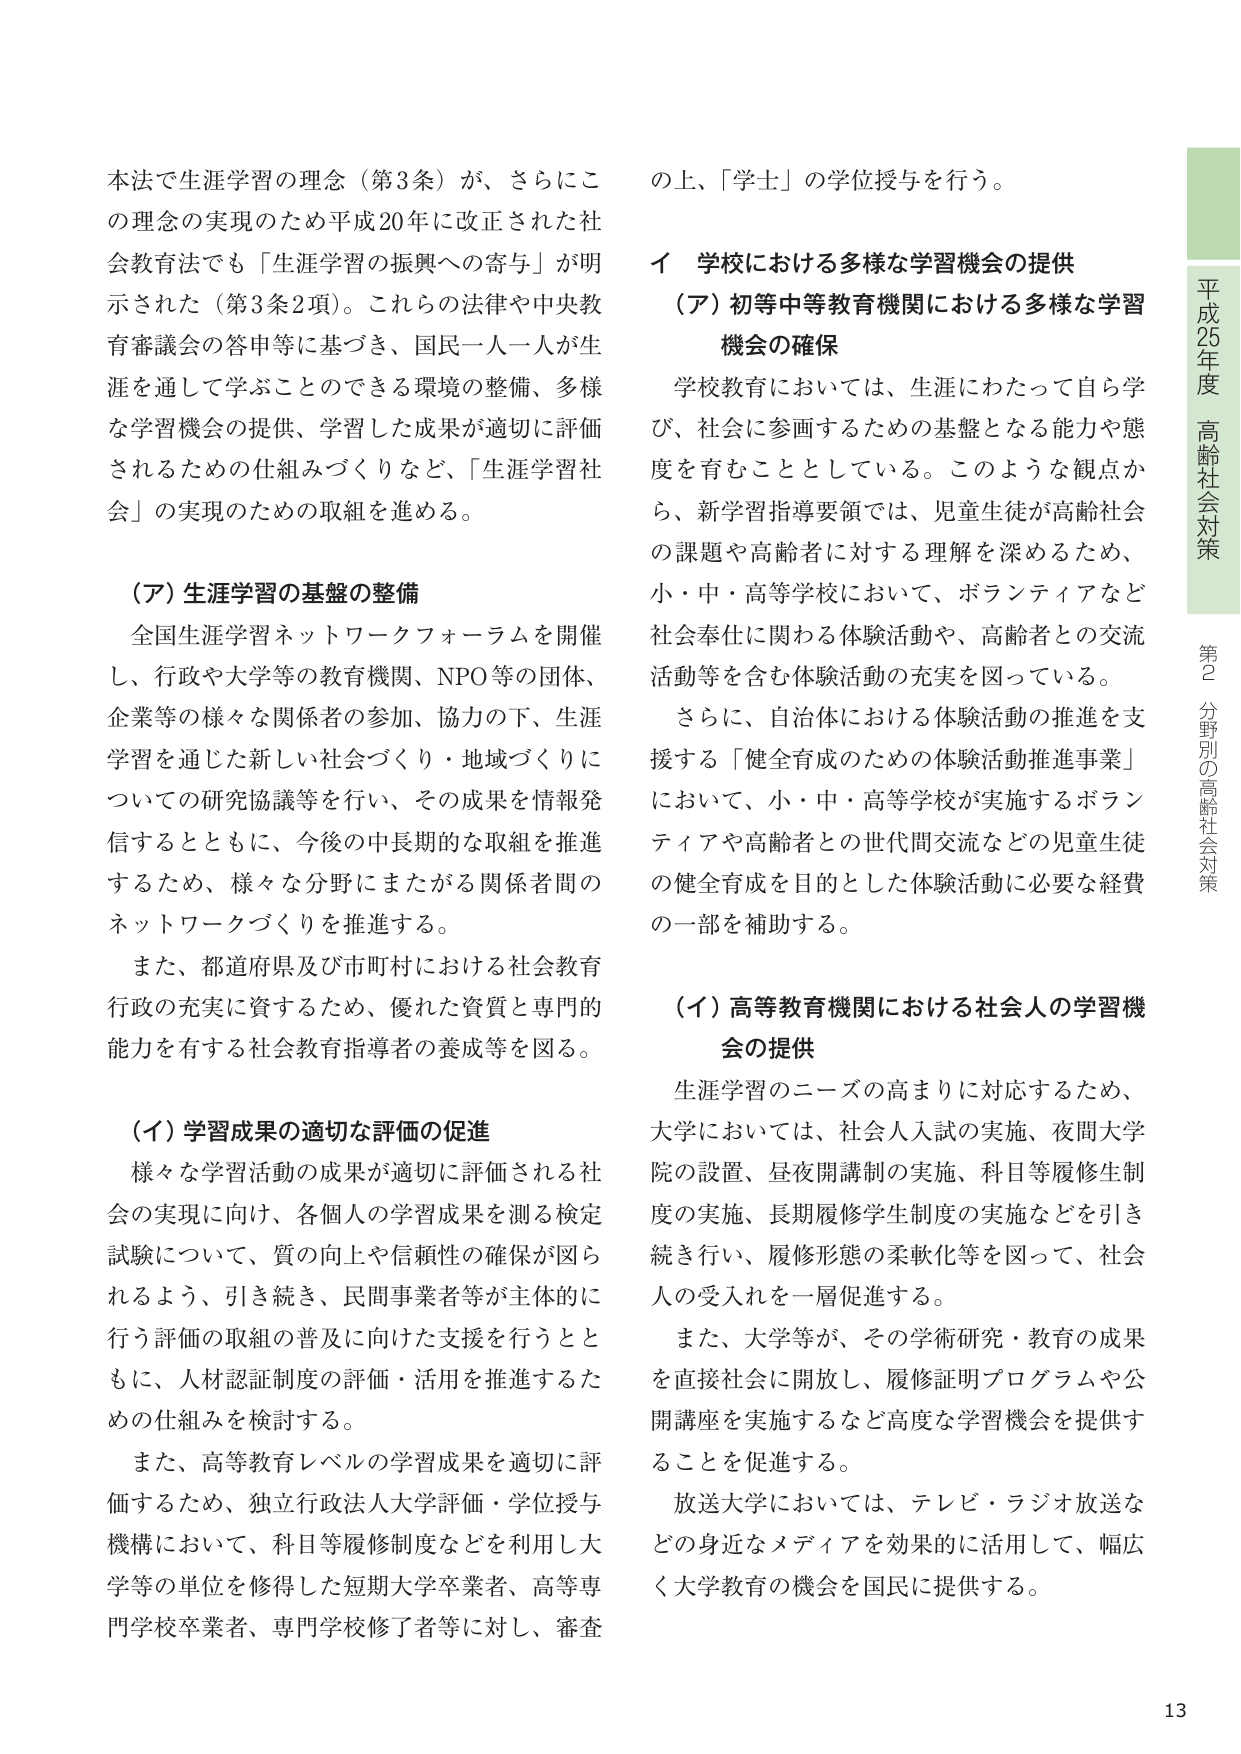
本法で生涯学習の理念（第3条）が、さらにこの理念の実現のため平成20年に改正された社会教育法でも「生涯学習の振興への寄与」が明示された（第3条2項）。これらの法律や中央教育審議会の答申等に基づき、国民一人一人が生涯を通じて学ぶことのできる環境の整備、多様な学習機会の提供、学習した成果が適切に評価されるための仕組みづくりなど、「生涯学習社会」の実現のための取組を進める。

（ア）生涯学習の基盤の整備
全国生涯学習ネットワークフォーラムを開催し、行政や大学等の教育機関、NPO等の団体、企業等の様々な関係者の参加、協力の下、生涯学習を通じた新しい社会づくり・地域づくりについての研究協議等を行い、その成果を情報発信するとともに、今後の中長期的な取組を推進するため、様々な分野にまたがる関係者間のネットワークづくりを推進する。
また、都道府県及び市町村における社会教育行政の充実に資するため、優れた資質と専門的能力を有する社会教育指導者の養成等を図る。

（イ）学習成果の適切な評価の促進
様々な学習活動の成果が適切に評価される社会の実現に向け、各個人の学習成果を測る検定試験について、質の向上や信頼性の確保が図られるよう、引き続き、民間事業者等が主体的に行う評価の取組の普及に向けた支援を行うとともに、人材認証制度の評価・活用を推進するための仕組みを検討する。
また、高等教育レベルの学習成果を適切に評価するため、独立行政法人大学評価・学位授与機構において、科目等履修制度などを利用し大学等の単位を修得した短期大学卒業者、高等専門学校卒業者、専門学校修了者等に対し、審査の上、「学士」の学位授与を行う。

イ 学校における多様な学習機会の提供
（ア）初等中等教育機関における多様な学習機会の確保
学校教育においては、生涯にわたって自ら学び、社会に参画するための基盤となる能力や態度を育むこととしている。このような観点から、新学習指導要領では、児童生徒が高齢社会の課題や高齢者に対する理解を深めるため、小・中・高等学校において、ボランティアなど社会奉仕に関わる体験活動や、高齢者との交流活動等を含む体験活動の充実を図っている。
さらに、自治体における体験活動の推進を支援する「健全育成のための体験活動推進事業」において、小・中・高等学校が実施するボランティアや高齢者との世代間交流などの児童生徒の健全育成を目的とした体験活動に必要な経費の一部を補助する。

（イ）高等教育機関における社会人の学習機会の提供
生涯学習のニーズの高まりに対応するため、大学においては、社会人入試の実施、夜間大学院の設置、昼夜開講制の実施、科目等履修生制度の実施、長期履修学生制度の実施などを引き続き行い、履修形態の柔軟化等を図って、社会人の受入れを一層促進する。
また、大学等が、その学術研究・教育の成果を直接社会に開放し、履修証明プログラムや公開講座を実施するなど高度な学習機会を提供することを促進する。
放送大学においては、テレビ・ラジオ放送などの身近なメディアを効果的に活用して、幅広く大学教育の機会を国民に提供する。

平成25年度 高齢社会対策
第2分野別の高齢社会対策
13